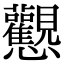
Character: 𢦉